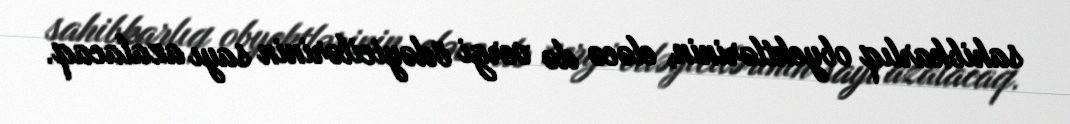
sahibkarlıq obyektlərinin, eləcə də vergi ödəyicilərinin sayı azalacaq.